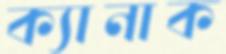
ক্যানাক